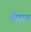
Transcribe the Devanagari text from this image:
गीसन